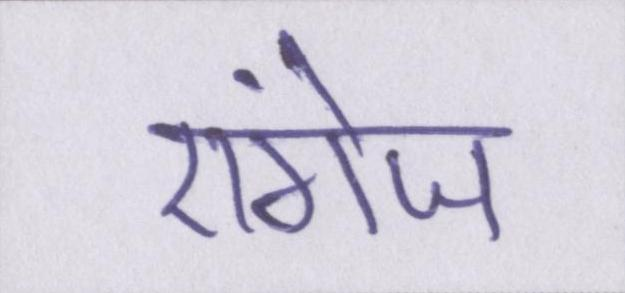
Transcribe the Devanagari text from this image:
एंगेज